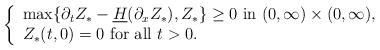
LaTeX: \begin{align*} \left\{\begin{array}{l} \max \{ \partial_t Z_*- \underline{H}(\partial_x Z_*), Z_* \}\geq 0 \hbox{ in } (0,\infty)\times (0,\infty),\\Z_*(t,0)=0 \hbox{ for all } t>0.\\\end{array}\right. \end{align*}